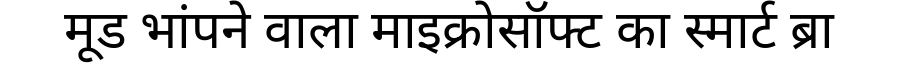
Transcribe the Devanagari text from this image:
मूड भांपने वाला माइक्रोसॉफ्ट का स्मार्ट ब्रा